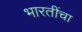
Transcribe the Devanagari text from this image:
भारतींचा